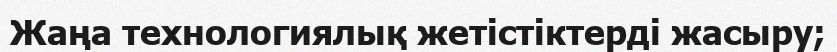
Жаңа технологиялық жетістіктерді жасыру;